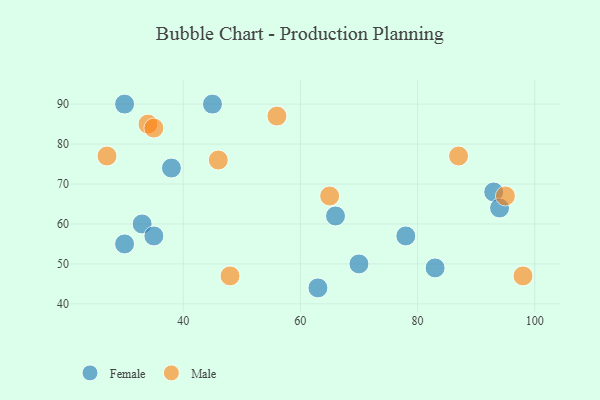
{"axis": {"x": "GDP", "y": "Life Expectancy"}, "legend": ["Female", "Male"], "data": [{"x": "63", "y": 44, "type": "Female"}, {"x": "70", "y": 50, "type": "Female"}, {"x": "66", "y": 62, "type": "Female"}, {"x": "38", "y": 74, "type": "Female"}, {"x": "78", "y": 57, "type": "Female"}, {"x": "83", "y": 49, "type": "Female"}, {"x": "33", "y": 60, "type": "Female"}, {"x": "30", "y": 90, "type": "Female"}, {"x": "45", "y": 90, "type": "Female"}, {"x": "93", "y": 68, "type": "Female"}, {"x": "94", "y": 64, "type": "Female"}, {"x": "30", "y": 55, "type": "Female"}, {"x": "35", "y": 57, "type": "Female"}, {"x": "27", "y": 77, "type": "Male"}, {"x": "48", "y": 47, "type": "Male"}, {"x": "98", "y": 47, "type": "Male"}, {"x": "65", "y": 67, "type": "Male"}, {"x": "34", "y": 85, "type": "Male"}, {"x": "87", "y": 77, "type": "Male"}, {"x": "35", "y": 84, "type": "Male"}, {"x": "46", "y": 76, "type": "Male"}, {"x": "56", "y": 87, "type": "Male"}, {"x": "95", "y": 67, "type": "Male"}]}